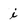
Character: i